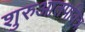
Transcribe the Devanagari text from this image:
शुरुआतपवित्र